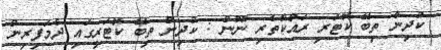
ކުދިން ތިބޭ ކޮޓަރި ރައްކާތެރި ނޫން : ކުދިން ތިބޭ ކޮޓަރީގައި ދެމަފިރިން